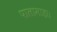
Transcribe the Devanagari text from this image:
पालामाड़ा।